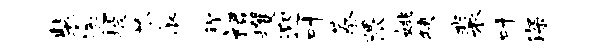
装逐披芬少称裙攫迎叶蓁隈姚狭裴叶深